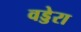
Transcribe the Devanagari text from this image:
वड्डेरा